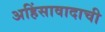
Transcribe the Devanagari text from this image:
अहिंसावादाची